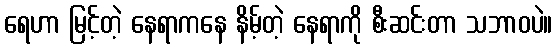
ရေဟာ မြင့်တဲ့ နေရာကနေ နိမ့်တဲ့ နေရာကို စီးဆင်းတာ သဘာဝပဲ။